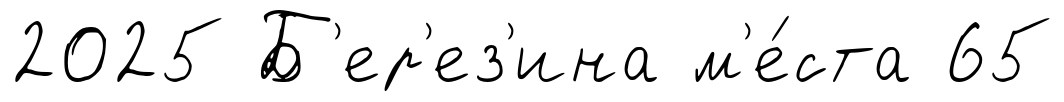
2025 Б'ер'ез'ина м'е́ста 65